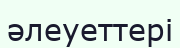
әлеуеттері